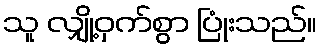
သူ လျှို့ဝှက်စွာ ပြုံးသည်။